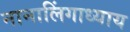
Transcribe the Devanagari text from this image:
नानालिंगाध्याय